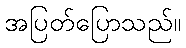
အပြတ်ပြောသည်။